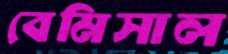
বেমিসাল